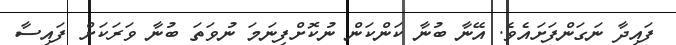
ފައިދާ ނަގަންފަށައެވެ. އޭނާ ބުނާ ކަންކަން ނުކޮށްފިނަމަ ނުވަތަ ބުނާ ވަރަކަށް ފައިސާ